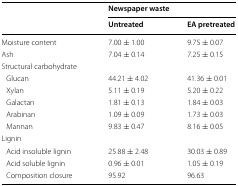
<table><thead><tr><td rowspan="2"></td><td colspan="2"><b>Newspaper waste</b></td></tr><tr><td><b>Untreated</b></td><td><b>EA pretreated</b></td></tr></thead><tbody><tr><td>Moisture content</td><td>7.00 ± 1.00</td><td>9.75 ± 0.07</td></tr><tr><td>Ash</td><td>7.04 ± 0.14</td><td>7.25 ± 0.15</td></tr><tr><td colspan="3">Structural carbohydrate</td></tr><tr><td> Glucan</td><td>44.21 ± 4.02</td><td>41.36 ± 0.01</td></tr><tr><td> Xylan</td><td>5.11 ± 0.19</td><td>5.20 ± 0.22</td></tr><tr><td> Galactan</td><td>1.81 ± 0.13</td><td>1.84 ± 0.03</td></tr><tr><td> Arabinan</td><td>1.09 ± 0.09</td><td>1.73 ± 0.03</td></tr><tr><td> Mannan</td><td>9.83 ± 0.47</td><td>8.16 ± 0.05</td></tr><tr><td colspan="3">Lignin</td></tr><tr><td> Acid insoluble lignin</td><td>25.88 ± 2.48</td><td>30.03 ± 0.89</td></tr><tr><td> Acid soluble lignin</td><td>0.96 ± 0.01</td><td>1.05 ± 0.19</td></tr><tr><td> Composition closure</td><td>95.92</td><td>96.63</td></tr></tbody></table>